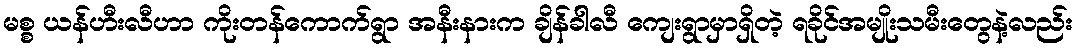
မစ္စ ယန်ဟီးလီဟာ ကိုးတန်ကောက်ရွာ အနီးနားက ချိန်ခါလီ ကျေးရွာမှာရှိတဲ့ ရခိုင်အမျိုးသမီးတွေနဲ့လည်း